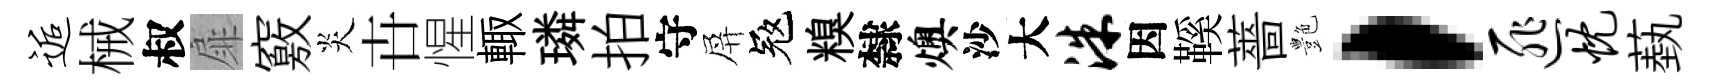
逅械叔扉竅炎卋惺輙璘拍守屏冦糗隸燠沙大洙因鞵薔艶，匪忱蓺